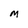
Character: M